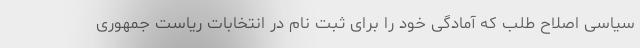
سیاسی اصلاح طلب که آمادگی خود را برای ثبت نام در انتخابات ریاست جمهوری